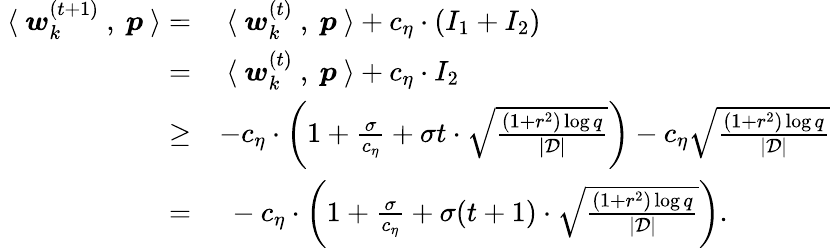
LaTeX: \begin{array}{rl}{~\langle~{\boldsymbol w}_{k}^{(t+1)}~,~{\boldsymbol p}~\rangle=}&{~\langle~{\boldsymbol w}_{k}^{(t)}~,~{\boldsymbol p}~\rangle+c_{\eta}\cdot(I_{1}+I_{2})}\\ {=}&{~\langle~{\boldsymbol w}_{k}^{(t)}~,~{\boldsymbol p}~\rangle+c_{\eta}\cdot I_{2}}\\ {\ge}&{-c_{\eta}\cdot\bigg(1+\frac{\sigma}{c_{\eta}}+\sigma t\cdot\sqrt{\frac{(1+r^{2})\log q}{|\mathcal{D}|}}\bigg)-c_{\eta}\sqrt{\frac{(1+r^{2})\log q}{|\mathcal{D}|}}}\\ {=}&{~-c_{\eta}\cdot\bigg(1+\frac{\sigma}{c_{\eta}}+\sigma(t+1)\cdot\sqrt{\frac{(1+r^{2})\log q}{|\mathcal{D}|}}\bigg).}\end{array}